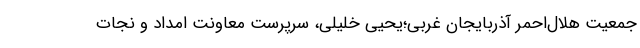
جمعیت هلال‌احمر آذربایجان غربی؛یحیی خلیلی، سرپرست معاونت امداد و نجات